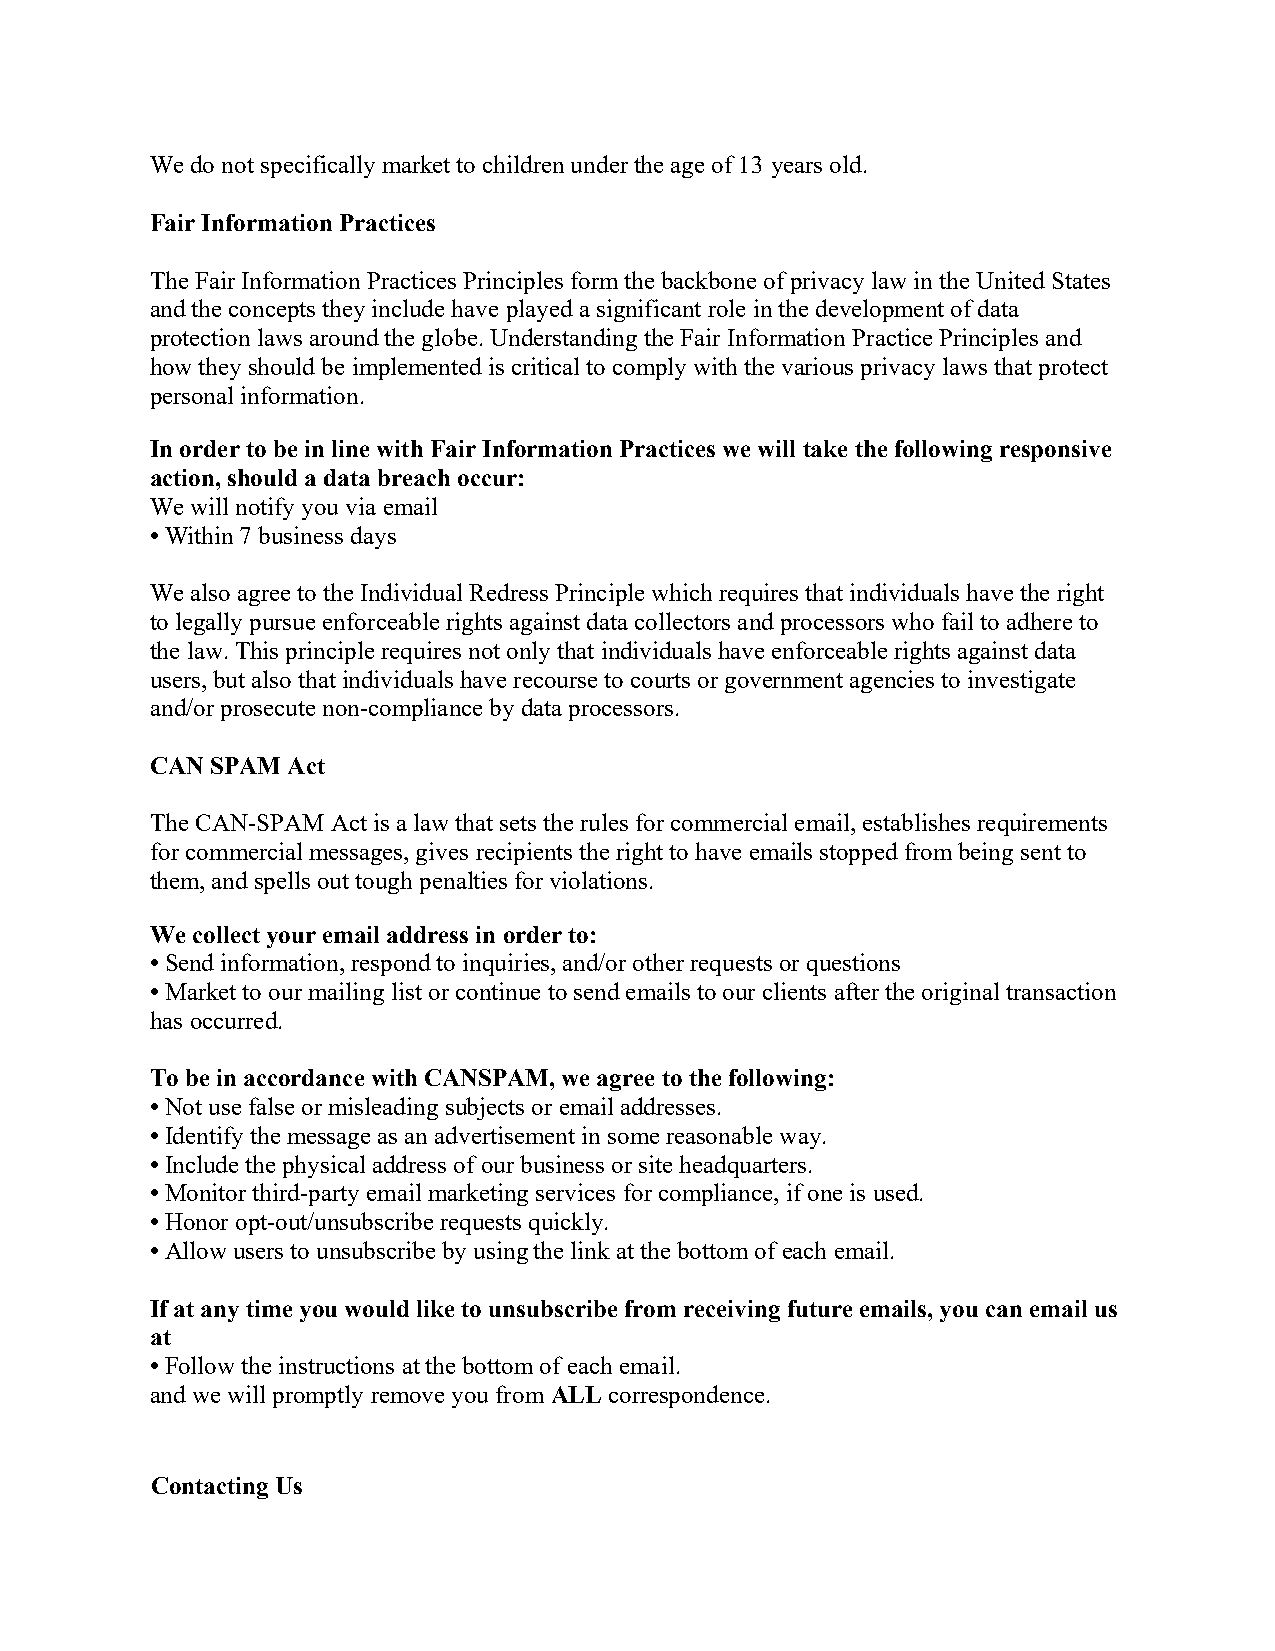
We do not specifically market to children under the age of 13 years old.
 Fair Information Practices
 The Fair Information Practices Principles form the backbone of privacy law in the United States
 and the concepts they include have played a significant role in the development of data
 protection laws around the globe. Understanding the Fair Information Practice Principles and
 how they should be implemented is critical to comply with the various privacy laws that protect
 personal information.
 In order to be in line with Fair Information Practices we will take the following responsive
 action, should a data breach occur:
 We will notify you via email
 •Within 7 business days
 We also agree to the Individual Redress Principle which requires that individuals have the right
 to legally pursue enforceable rights against data collectors and processors who fail to adhere to
 the law. This principle requires not only that individuals have enforceable rights against data
 users, but also that individuals have recourse to courts or government agencies to investigate
 and/or prosecute non-compliance by data processors.
 CAN SPAM Act
 The CAN-SPAM Act is a law that sets the rules for commercial email, establishes requirements
 for commercial messages, gives recipients the right to have emails stopped from being sent to
 them, and spells out tough penalties for violations.
 We collect your email address in order to:
 •Send information, respond to inquiries, and/or other requests or questions
 •Market to our mailing list or continue to send emails to our clients after the original transaction
 has occurred.
 To be in accordance with CANSPAM, we agree to the following:
 •Not use false or misleading subjects or email addresses.
 •Identify the message as an advertisement in some reasonable way.
 •Include the physical address of our business or site headquarters.
 •Monitor third-party email marketing services for compliance, if one is used.
 •Honor opt-out/unsubscribe requests quickly.
 •Allow users to unsubscribe by using the link at the bottom of each email.
 If at any time you would like to unsubscribe from receiving future emails, you can email us
 at
 •Follow the instructions at the bottom of each email.
 and we will promptly remove you from ALL correspondence.
 Contacting Us